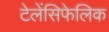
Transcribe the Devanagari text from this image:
टेलेंसिफेलिक